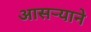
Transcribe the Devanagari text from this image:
आसऱ्याने